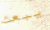
يبعث